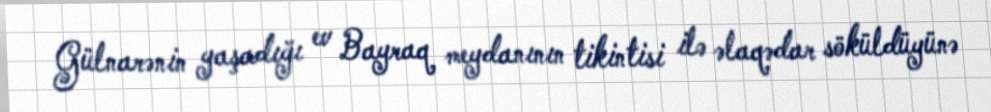
Gülnarənin yaşadığı ev Bayraq meydanının tikintisi ilə əlaqədar söküldüyünə